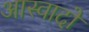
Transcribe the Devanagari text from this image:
आस्वादों